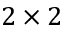
2 \times 2